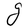
Character: g